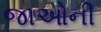
જાઓની